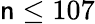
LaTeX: \mathsf{n}\le107